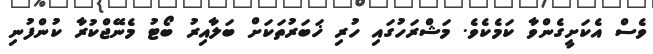
ވެސް އެކަށީގެންވާ ކަމެކެވެ. މަޝްރަހުގައި ހުރި ޚަބަރުތަކަށް ބަލާއިރު ބޯޓު މެނޭޖްކުރާ ކުންފުނި